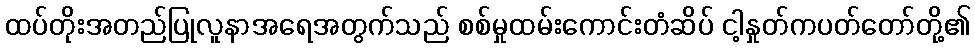
ထပ်တိုးအတည်ပြုလူနာအရေအတွက်သည် စစ်မှုထမ်းကောင်းတံဆိပ် ငါ့နှုတ်ကပတ်တော်တို့၏